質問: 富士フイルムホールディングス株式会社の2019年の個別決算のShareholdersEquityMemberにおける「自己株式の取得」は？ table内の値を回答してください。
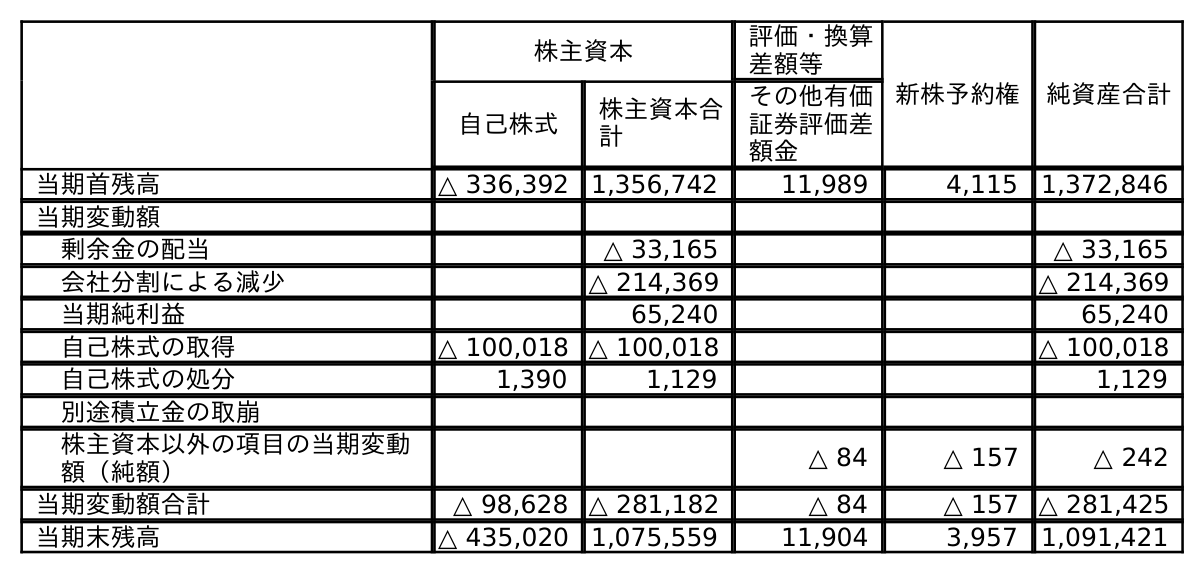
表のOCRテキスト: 株主資本 評価・換算 差額等 新株予約権 純資産合計 自己株式 株主資本合 計 その他有価 証券評価差 額金 当期首残高 △ 336,392 1,356,742 11,989 4,115 1,372,846 当期変動額 剰余金の配当 △ 33,165 △ 33,165 会社分割による減少 △ 214,369 △ 214,369 当期純利益 65,240 65,240 自己株式の取得 △ 100,018 △ 100,018 △ 100,018 自己株式の処分 1,390 1,129 1,129 別途積立金の取崩 株主資本以外の項目の当期変動 額（純額） △ 84 △ 157 △ 242 当期変動額合計 △ 98,628 △ 281,182 △ 84 △ 157 △ 281,425 当期末残高 △ 435,020 1,075,559 11,904 3,957 1,091,421
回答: △100,018